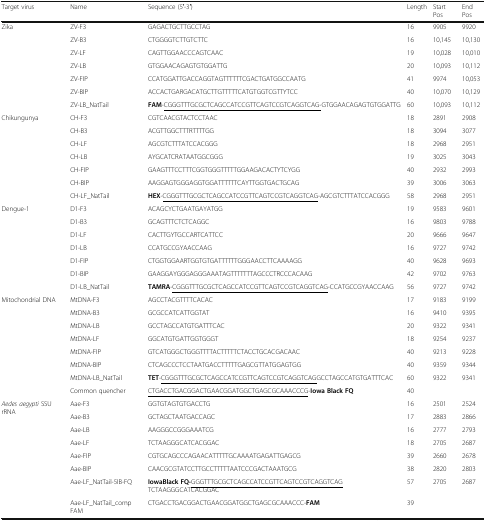
<table><thead><tr><td><b>Target virus</b></td><td><b>Name</b></td><td><b>Sequence (5′-3′)</b></td><td><b>Length</b></td><td><b>Start Pos</b></td><td><b>End Pos</b></td></tr></thead><tbody><tr><td rowspan="7">Zika</td><td>ZV-F3</td><td>GAGACTGCTTGCCTAG</td><td>16</td><td>9905</td><td>9920</td></tr><tr><td>ZV-B3</td><td>CTGGGGTCTTGTCTTC</td><td>16</td><td>10,145</td><td>10,130</td></tr><tr><td>ZV-LF</td><td>CAGTTGGAACCCAGTCAAC</td><td>19</td><td>10,028</td><td>10,010</td></tr><tr><td>ZV-LB</td><td>GTGGAACAGAGTGTGGATTG</td><td>20</td><td>10,093</td><td>10,112</td></tr><tr><td>ZV-FIP</td><td>CCATGGATTGACCAGGTAGTTTTTTCGACTGATGGCCAATG</td><td>41</td><td>9974</td><td>10,053</td></tr><tr><td>ZV-BIP</td><td>ACCACTGARGACATGCTTGTTTTTCATGTGGTCGTTYTCC</td><td>40</td><td>10,070</td><td>10,129</td></tr><tr><td>ZV-LB_NatTail</td><td><b>FAM</b>-<underline>CGGGTTTGCGCTCAGCCATCCGTTCAGTCCGTCAGGTCAG-</underline>GTGGAACAGAGTGTGGATTG</td><td>60</td><td>10,093</td><td>10,112</td></tr><tr><td rowspan="7">Chikungunya</td><td>CH-F3</td><td>CGTCAACGTACTCCTAAC</td><td>18</td><td>2891</td><td>2908</td></tr><tr><td>CH-B3</td><td>ACGTTGGCTTTRTTTTGG</td><td>18</td><td>3094</td><td>3077</td></tr><tr><td>CH-LF</td><td>AGCGTCTTTATCCACGGG</td><td>18</td><td>2968</td><td>2951</td></tr><tr><td>CH-LB</td><td>AYGCATCRATAATGGCGGG</td><td>19</td><td>3025</td><td>3043</td></tr><tr><td>CH-FIP</td><td>GAAGTTTCCTTTCGGTGGGTTTTTGGAAGACACTYTCYGG</td><td>40</td><td>2932</td><td>2993</td></tr><tr><td>CH-BIP</td><td>AAGGAGTGGGAGGTGGATTTTTTCAYTTGGTGACTGCAG</td><td>39</td><td>3006</td><td>3063</td></tr><tr><td>CH-LF_NatTail</td><td><b>HEX</b>-<underline>CGGGTTTGCGCTCAGCCATCCGTTCAGTCCGTCAGGTCAG</underline>-AGCGTCTTTATCCACGGG</td><td>58</td><td>2968</td><td>2951</td></tr><tr><td rowspan="7">Dengue-1</td><td>D1-F3</td><td>ACAGCYCTGAATGAYATGG</td><td>19</td><td>9583</td><td>9601</td></tr><tr><td>D1-B3</td><td>GCAGTTTCTCTCAGGC</td><td>16</td><td>9803</td><td>9788</td></tr><tr><td>D1-LF</td><td>CACTTGYTGCCARTCATTCC</td><td>20</td><td>9666</td><td>9647</td></tr><tr><td>D1-LB</td><td>CCATGCCGYAACCAAG</td><td>16</td><td>9727</td><td>9742</td></tr><tr><td>D1-FIP</td><td>CTGGTGGAARTGGTGTGATTTTTTGGGAACCTTCAAAAGG</td><td>40</td><td>9628</td><td>9693</td></tr><tr><td>D1-BIP</td><td>GAAGGAYGGGAGGGAAATAGTTTTTTTAGCCCTRCCCACAAG</td><td>42</td><td>9702</td><td>9763</td></tr><tr><td>D1-LB_NatTail</td><td><b>TAMRA</b>-<underline>CGGGTTTGCGCTCAGCCATCCGTTCAGTCCGTCAGGTCAG</underline>-CCATGCCGYAACCAAG</td><td>56</td><td>9727</td><td>9742</td></tr><tr><td rowspan="8">Mitochondrial DNA</td><td>MtDNA-F3</td><td>AGCCTACGTTTTCACAC</td><td>17</td><td>9183</td><td>9199</td></tr><tr><td>MtDNA-B3</td><td>GCGCCATCATTGGTAT</td><td>16</td><td>9410</td><td>9395</td></tr><tr><td>MtDNA-LB</td><td>GCCTAGCCATGTGATTTCAC</td><td>20</td><td>9322</td><td>9341</td></tr><tr><td>MtDNA-LF</td><td>GGCATGTGATTGGTGGGT</td><td>18</td><td>9254</td><td>9237</td></tr><tr><td>MtDNA-FIP</td><td>GTCATGGGCTGGGTTTTACTTTTTCTACCTGCACGACAAC</td><td>40</td><td>9213</td><td>9228</td></tr><tr><td>MtDNA-BIP</td><td>CTCAGCCCTCCTAATGACCTTTTTGAGCGTTATGGAGTGG</td><td>40</td><td>9359</td><td>9344</td></tr><tr><td>MtDNA-LB_NatTail</td><td><b>TET</b>-<underline>CGGGTTTGCGCTCAGCCATCCGTTCAGTCCGTCAGGTCAG</underline>GCCTAGCCATGTGATTTCAC</td><td>60</td><td>9322</td><td>9341</td></tr><tr><td>Common quencher</td><td><underline>CTGACCTGACGGACTGAACGGATGGCTGAGCGCAAACCCG</underline>-<b>Iowa Black FQ</b></td><td>40</td><td></td><td></td></tr><tr><td rowspan="8"><i>Aedes aegypti</i> SSU rRNA</td><td>Aae-F3</td><td>GGTGTAGTGTGACCTG</td><td>16</td><td>2501</td><td>2524</td></tr><tr><td>Aae-B3</td><td>GCTAGCTAATGACCAGC</td><td>17</td><td>2883</td><td>2866</td></tr><tr><td>Aae-LB</td><td>AAGGGCCGGGAAATCG</td><td>16</td><td>2777</td><td>2793</td></tr><tr><td>Aae-LF</td><td>TCTAAGGGCATCACGGAC</td><td>18</td><td>2705</td><td>2687</td></tr><tr><td>Aae-FIP</td><td>CGTGCAGCCCAGAACATTTTTGCAAAATGAGATTGAGCG</td><td>39</td><td>2660</td><td>2678</td></tr><tr><td>Aae-BIP</td><td>CAACGCGTATCCTTGCCTTTTTAATCCCGACTAAATGCG</td><td>38</td><td>2820</td><td>2803</td></tr><tr><td>Aae-LF_NatTail-5IB-FQ</td><td><b>IowaBlack FQ-</b><underline>GGGTTTGCGCTCAGCCATCCGTTCAGTCCGTCAGGTCAG</underline> TCTAAGGGCATCACGGAC</td><td>57</td><td>2705</td><td>2687</td></tr><tr><td>Aae-LF_NatTail_comp FAM</td><td>CTGACCTGACGGACTGAACGGATGGCTGAGCGCAAACCC-<b>FAM</b></td><td>39</td><td></td><td></td></tr></tbody></table>